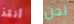
أنقذ نحن